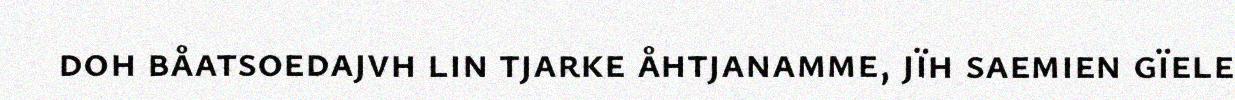
doh båatsoedajvh lin tjarke åhtjanamme, jïh saemien gïele